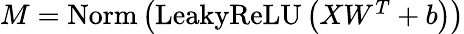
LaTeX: \begin{array}{r}{M=\mathrm{Norm}\left(\mathrm{LeakyReLU}\left(XW^{T}+b\right)\right)}\end{array}